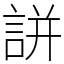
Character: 誁